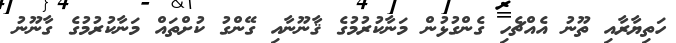
ހަތިޔާރާއި ތޫނު އެއްޗެހި ގެންގުޅުން މަނާކުރުމުގެ ޤާނޫނާއި ގޭންގު ކުށްތައް މަނާކުރުމުގެ ގާނޫނު